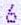
6